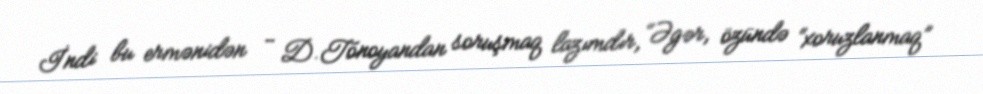
İndi bu ermənidən - D.Tonoyandan soruşmaq lazımdır, “Əgər, özündə “xoruzlanmaq”